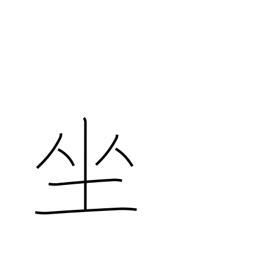
Meaning: sit